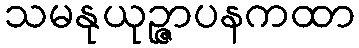
သမနုယုဉ္ဇာပနကထာ